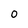
Character: 0